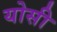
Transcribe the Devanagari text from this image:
योसी